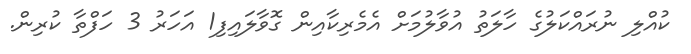
ކުއްލި ނުރައްކަލުގެ ހާލަތު އުވާލުމަށް އެމެރިކާއިން ގޮވާލައިފި1 އަހަރު 3 ހަފްތާ ކުރިން.